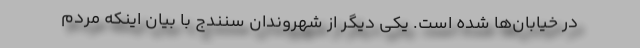
در خیابان‌ها شده است. یکی دیگر از شهروندان سنندج با بیان اینکه مردم